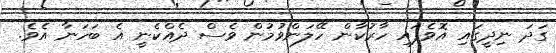
ގަދަ ނިދީގައި އޮވެފައި ހާރުކާން ހޭލަންވުމުން ވެސް ދެއްކެނީ އެ ބަހަނާ އެވެ.